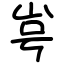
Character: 㞻